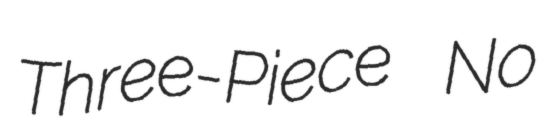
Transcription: Three-Piece No